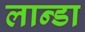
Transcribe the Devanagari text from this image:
लान्डा